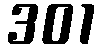
301